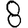
Digit: 8